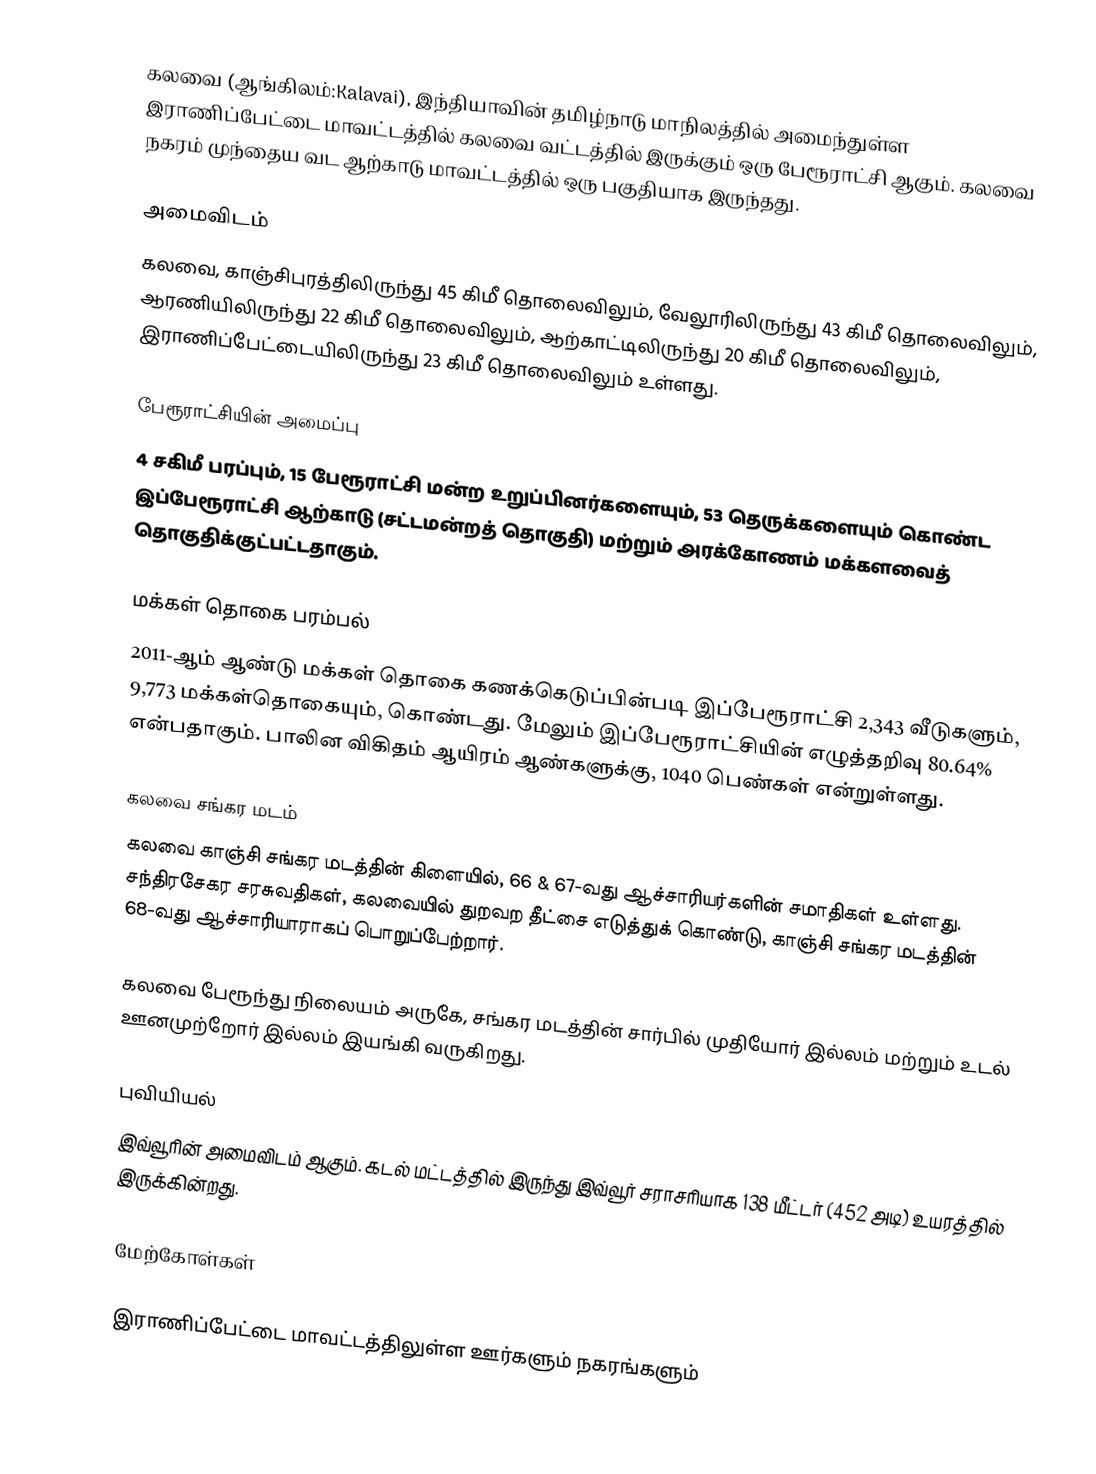
கலவை (ஆங்கிலம்:Kalavai), இந்தியாவின் தமிழ்நாடு மாநிலத்தில் அமைந்துள்ள இராணிப்பேட்டை மாவட்டத்தில் கலவை வட்டத்தில் இருக்கும் ஒரு பேரூராட்சி ஆகும். கலவை நகரம் முந்தைய வட ஆற்காடு மாவட்டத்தில் ஒரு பகுதியாக இருந்தது.

அமைவிடம்
கலவை, காஞ்சிபுரத்திலிருந்து 45 கிமீ தொலைவிலும், வேலூரிலிருந்து 43 கிமீ தொலைவிலும், ஆரணியிலிருந்து 22 கிமீ தொலைவிலும், ஆற்காட்டிலிருந்து 20 கிமீ தொலைவிலும், இராணிப்பேட்டையிலிருந்து 23 கிமீ தொலைவிலும் உள்ளது.

பேரூராட்சியின் அமைப்பு
4 சகிமீ பரப்பும், 15 பேரூராட்சி மன்ற உறுப்பினர்களையும், 53 தெருக்களையும்  கொண்ட இப்பேரூராட்சி ஆற்காடு  (சட்டமன்றத் தொகுதி) மற்றும் அரக்கோணம் மக்களவைத் தொகுதிக்குட்பட்டதாகும்.

மக்கள் தொகை பரம்பல்
2011-ஆம் ஆண்டு மக்கள் தொகை கணக்கெடுப்பின்படி   இப்பேரூராட்சி 2,343 வீடுகளும், 9,773  மக்கள்தொகையும், கொண்டது. மேலும் இப்பேரூராட்சியின் எழுத்தறிவு 80.64% என்பதாகும். பாலின விகிதம் ஆயிரம் ஆண்களுக்கு, 1040 பெண்கள் என்றுள்ளது.

கலவை சங்கர மடம்
கலவை காஞ்சி சங்கர மடத்தின் கிளையில், 66 & 67-வது   ஆச்சாரியர்களின் சமாதிகள் உள்ளது. சந்திரசேகர சரசுவதிகள், கலவையில் துறவற தீட்சை எடுத்துக் கொண்டு, காஞ்சி சங்கர மடத்தின் 68-வது ஆச்சாரியாராகப் பொறுப்பேற்றார்.

கலவை பேரூந்து நிலையம் அருகே, சங்கர மடத்தின் சார்பில் முதியோர் இல்லம் மற்றும் உடல் ஊனமுற்றோர் இல்லம் இயங்கி வருகிறது.

புவியியல்
இவ்வூரின் அமைவிடம்  ஆகும். கடல் மட்டத்தில் இருந்து இவ்வூர் சராசரியாக 138 மீட்டர் (452 அடி) உயரத்தில் இருக்கின்றது.

மேற்கோள்கள்

இராணிப்பேட்டை மாவட்டத்திலுள்ள ஊர்களும் நகரங்களும்